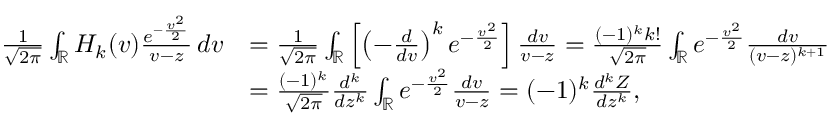
\begin{array} { r l } { \frac { 1 } { \sqrt { 2 \pi } } \int _ { \mathbb { R } } H _ { k } ( v ) \frac { e ^ { - \frac { v ^ { 2 } } { 2 } } } { v - z } \, d v } & { = \frac { 1 } { \sqrt { 2 \pi } } \int _ { \mathbb { R } } \left[ \left( - \frac { d } { d v } \right) ^ { k } e ^ { - \frac { v ^ { 2 } } { 2 } } \right] \frac { d v } { v - z } = \frac { ( - 1 ) ^ { k } k ! } { \sqrt { 2 \pi } } \int _ { \mathbb { R } } e ^ { - \frac { v ^ { 2 } } { 2 } } \frac { d v } { ( v - z ) ^ { k + 1 } } } \\ & { = \frac { ( - 1 ) ^ { k } } { \sqrt { 2 \pi } } \frac { d ^ { k } } { d z ^ { k } } \int _ { \mathbb { R } } e ^ { - \frac { v ^ { 2 } } { 2 } } \frac { d v } { v - z } = ( - 1 ) ^ { k } \frac { d ^ { k } Z } { d z ^ { k } } , } \end{array}